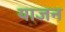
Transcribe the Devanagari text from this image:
याजन